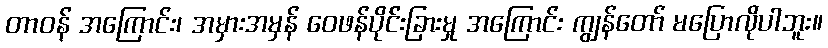
တာဝန် အကြောင်း၊ အမှားအမှန် ဝေဖန်ပိုင်းခြားမှု အကြောင်း ကျွန်တော် မပြောလိုပါဘူး။